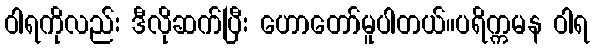
ဝါရကိုလည်း ဒီလိုဆက်ပြီး ဟောတော်မူပါတယ်။ပရိက္ကမန ဝါရ